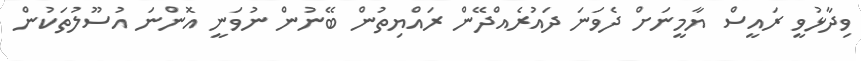
ވިދާޅުވީ ރައީސް ޔާމީނަށް ދެވަނަ ދައުރެއްދޭން ރައްޔިތުން ބޭނުން ނުވަނީ އޮންނަ އުސޫލުތަކުން